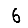
Digit: 6